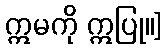
ဣမကို ဣပြု။]